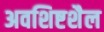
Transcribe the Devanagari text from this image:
अवशिष्टशैल